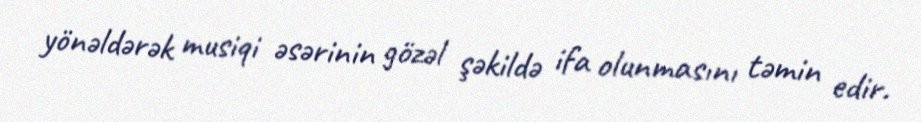
yönəldərək musiqi əsərinin gözəl şəkildə ifa olunmasını təmin edir.